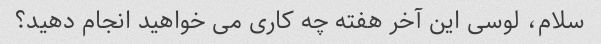
سلام، لوسی این آخر هفته چه کاری می خواهید انجام دهید؟